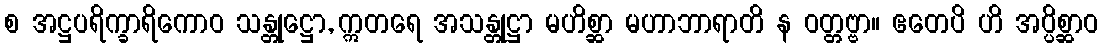
စ အဋ္ဌပရိက္ခာရိကောဝ သန္တုဋ္ဌော, ဣတရေ အသန္တုဋ္ဌာ မဟိစ္ဆာ မဟာဘာရာတိ န ဝတ္တဗ္ဗာ။ ဧတေပိ ဟိ အပ္ပိစ္ဆာဝ